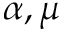
\alpha , \mu